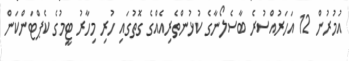
އުމުރުން 12 އަހަރުއްސުރެ ބާސެލޯނާގެ ކުޅުންތެރިއެއްގެ ގޮތުގައި ހުރި މިހާރު ޓީމުގެ ކެޕްޓަންކަން